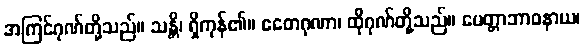
အကြင်ဂုဏ်တို့သည်။ သန္တိ၊ ရှိကုန်၏။ ဧတေဂုဏာ၊ ထိုဂုဏ်တို့သည်။ မေတ္တာဘာဝနာယ၊